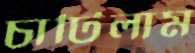
চাটিলাম